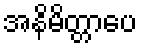
အနိမိတ္တာပေ